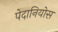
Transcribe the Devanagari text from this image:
पेदानियोस